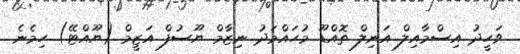
ވަހީދު އިސްމާއިލް އަނިލް ތޮއްޑޫ މުހައްމަދު ނިޒާމް ޔޫސުފް އަޒީމް (ޔޫއްޓޭ) ހިމެނެ